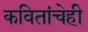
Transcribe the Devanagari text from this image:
कवितांचेही